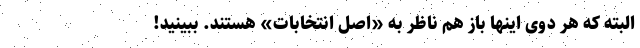
البته که هر دوی اینها باز هم ناظر به «اصل انتخابات» هستند. ببینید!